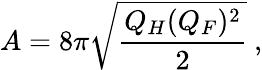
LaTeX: A=8\pi\sqrt{\frac{Q_{H}(Q_{F})^{2}}{2}}\ ,